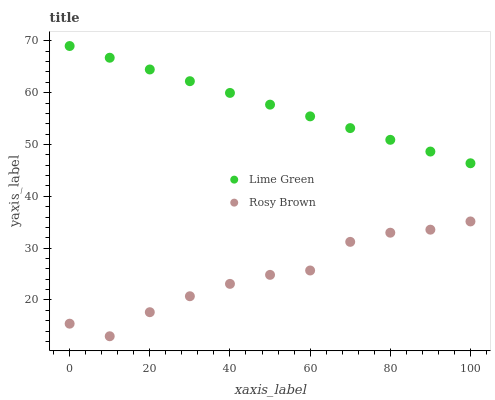
| xaxis_label | Lime Green | Rosy Brown |
 | --- | --- | --- |
 | 0 | 69 | 15.4 |
 | 10 | 66.7 | 13 |
 | 20 | 64.5 | 17.6 |
 | 30 | 62.2 | 20.7 |
 | 40 | 60 | 23.1 |
 | 50 | 57.7 | 24.8 |
 | 60 | 55.4 | 25.7 |
 | 70 | 53.2 | 31.2 |
 | 80 | 50.9 | 33 |
 | 90 | 48.6 | 33.6 |
 | 100 | 46.4 | 35.2 |